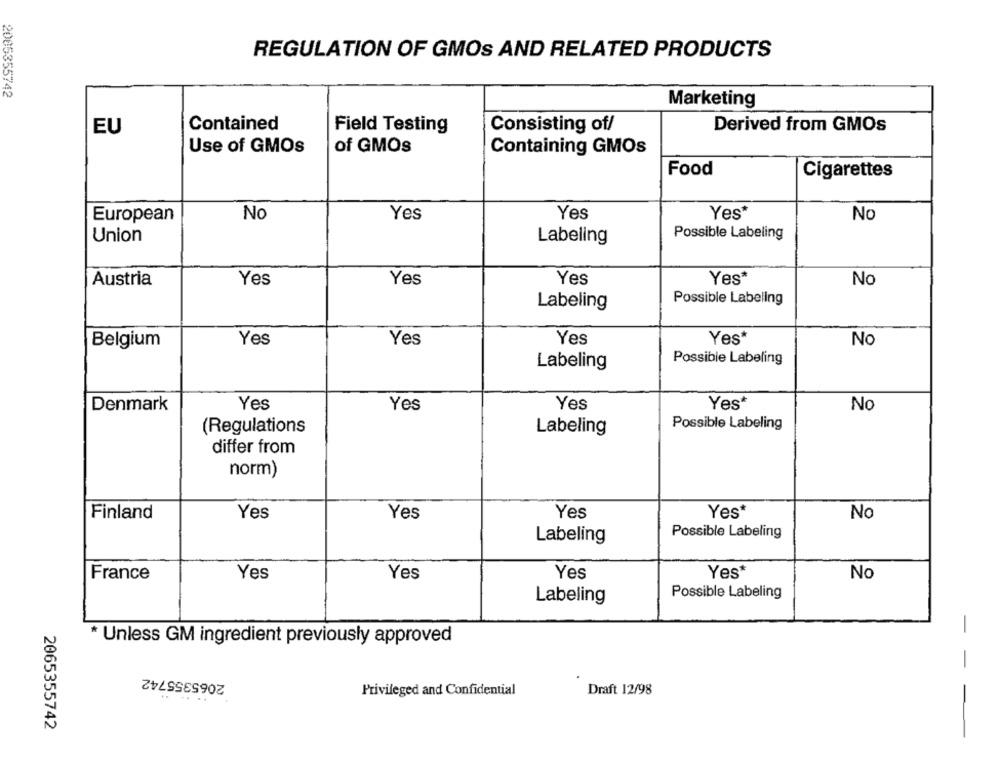
REGULATION OF GMOS AND RELATED PRODUCTS
2005355742
Marketing
EU
Contained
Field Testing
Consisting of/
Derived from GMOs
Use of GMOs
of GMOS
Containing GMOs
Food
Cigarettes
No
Yes*
European
Yes
Yes
No
Possible Labeling
Union
Labeling
Austria
Yes
Yes
Yes
Yes*
No
Labeling
Possible Labeling
Belgium
Yes
Yes
Yes
Yes*
No
Labeling
Possible Labeling
Yes*
Denmark
Yes
Yes
Yes
No
Possible Labeling
(Regulations
Labeling
differ from
norm)
Finland
Yes
Yes
Yes
Yes*
No
Possible Labeling
Labeling
France
Yes
Yes
Yes
Yes*
No
Possible Labeling
Labeling
-
* Unless GM ingredient previously approved
2065355742
-
Privileged and Confidential
Draft 12/98
-
2065355742